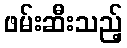
ဖမ်းဆီးသည့်